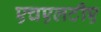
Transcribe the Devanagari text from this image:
एचएलटीए